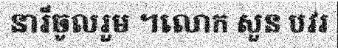
នារីចូលរួម ។លោក សួន បវរ